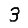
Digit: 3